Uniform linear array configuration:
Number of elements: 48
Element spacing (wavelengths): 0.25
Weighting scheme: binomial
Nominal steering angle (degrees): -30
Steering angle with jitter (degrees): -30.688
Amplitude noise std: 0.05
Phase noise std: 0.05

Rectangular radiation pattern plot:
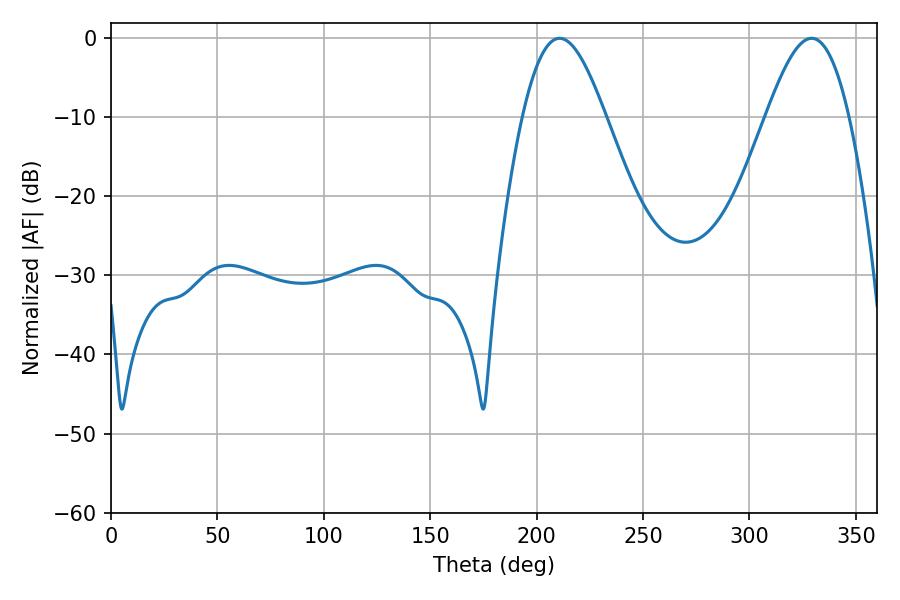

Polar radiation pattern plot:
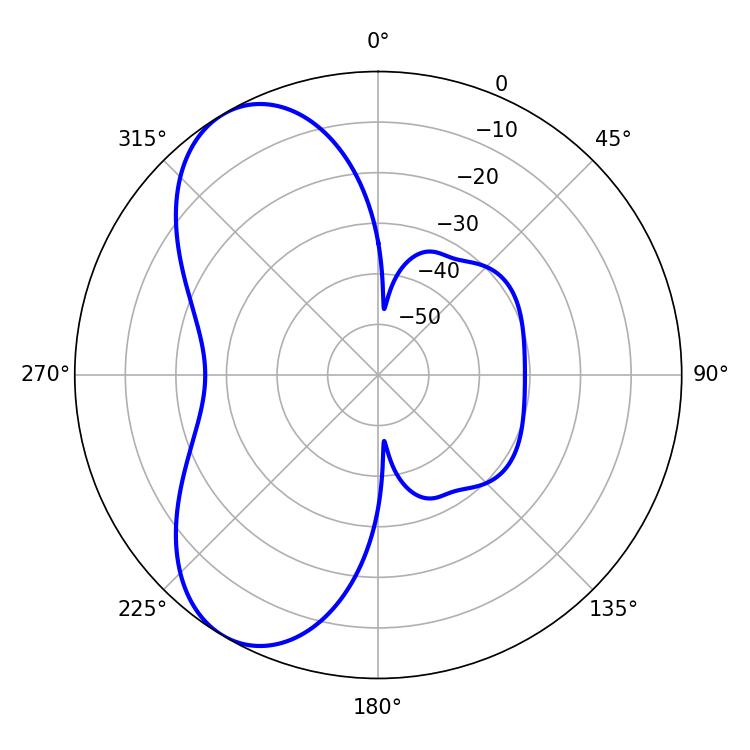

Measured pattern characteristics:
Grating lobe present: FALSE
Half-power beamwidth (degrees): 21.06
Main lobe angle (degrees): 210.78